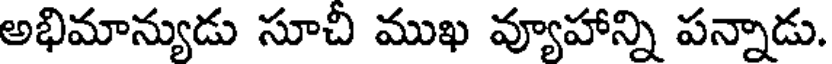
అభిమాన్యుడు సూచి ముఖ వ్యూహాన్ని పన్నాడు.